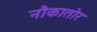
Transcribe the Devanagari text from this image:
नौकातोर